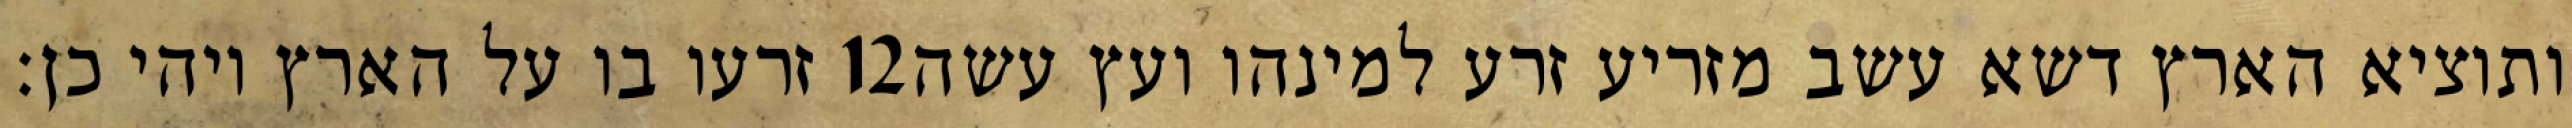
זרעו בו על הארץ ויהי כן׃ ‎12‏ ותוציא הארץ דשא עשב מזריע זרע למינהו ועץ עשה